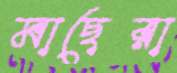
মাছেরা